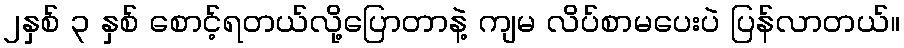
၂နှစ် ၃ နှစ် စောင့်ရတယ်လို့ပြောတာနဲ့ ကျမ လိပ်စာမပေးပဲ ပြန်လာတယ်။